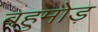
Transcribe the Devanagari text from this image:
बहुमोड़